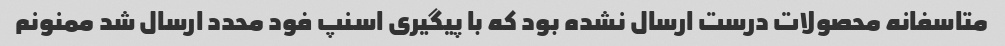
متاسفانه محصولات درست ارسال نشده بود که با پیگیری اسنپ فود محدد ارسال شد ممنونم